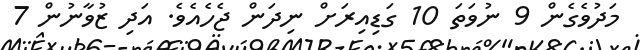
މަދުވެގެން 9 ނުވަތަ 10 ގަޑިއިރަށް ނިދަން ޖެހެއެވެ. އަދި ޒުވާނުން 7